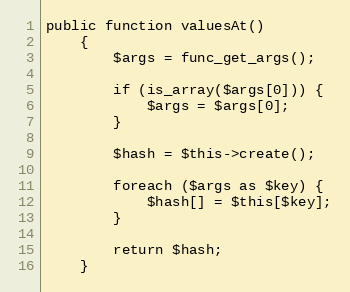
Language: PHP
public function valuesAt()
    {
        $args = func_get_args();

        if (is_array($args[0])) {
            $args = $args[0];
        }

        $hash = $this->create();

        foreach ($args as $key) {
            $hash[] = $this[$key];
        }

        return $hash;
    }